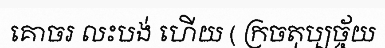
គោចរ លះបង់ ហើយ ( ក្រចតុប្បច្ច័យ